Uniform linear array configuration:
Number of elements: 8
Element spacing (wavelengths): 0.75
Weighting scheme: kaiser
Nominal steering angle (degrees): -15
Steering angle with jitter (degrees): -13.556
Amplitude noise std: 0.05
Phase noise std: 0.05

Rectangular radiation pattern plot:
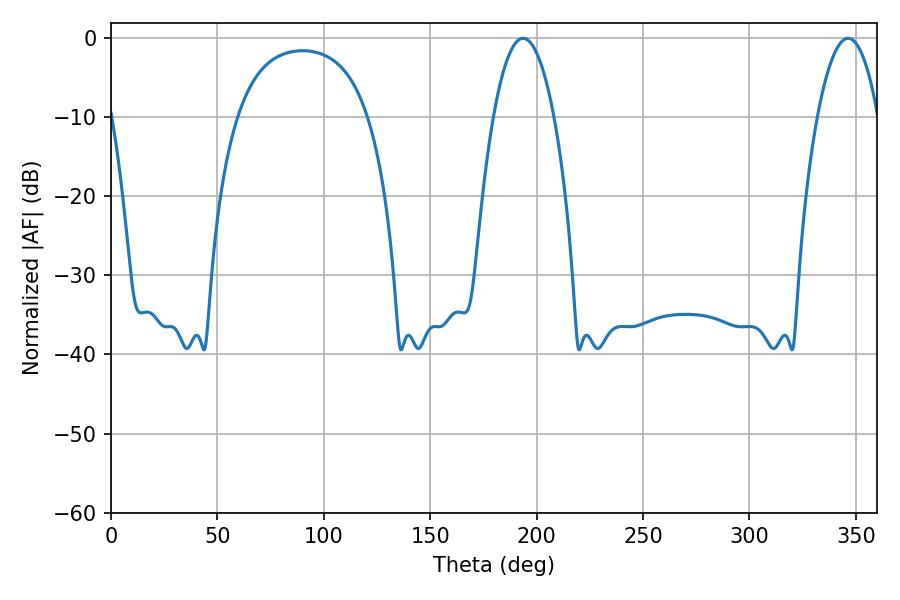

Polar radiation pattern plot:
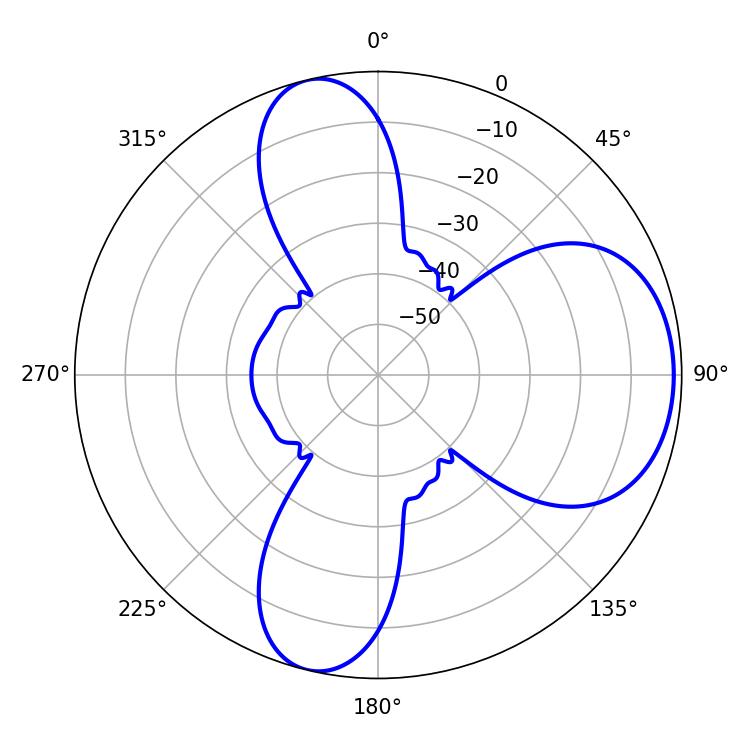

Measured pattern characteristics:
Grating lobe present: TRUE
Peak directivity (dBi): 7.537
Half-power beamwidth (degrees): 15.84
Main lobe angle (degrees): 193.68